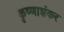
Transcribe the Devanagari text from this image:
कृष्णाशंकर